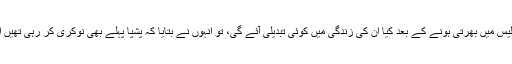
جب پشپا کے شوہر نارائن سے پوچھا گیا کہ بیگم کے پولیس میں بھرتی ہونے کے بعد کیا ان کی زندگی میں کوئی تبدیلی آئے گی، تو انہوں نے بتایا کہ پشپا پہلے بھی نوکری کر رہی تھیں اور انہیں اہلیہ کی نوکری کرنے سے کوئی پریشانی نہیں۔